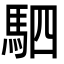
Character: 駟